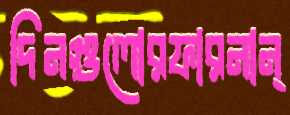
দিনগুলোরফারনান্